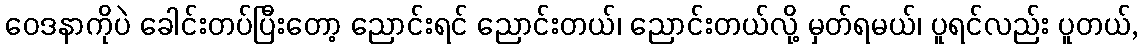
ဝေဒနာကိုပဲ ခေါင်းတပ်ပြီးတော့ ညောင်းရင် ညောင်းတယ်၊ ညောင်းတယ်လို့ မှတ်ရမယ်၊ ပူရင်လည်း ပူတယ်,